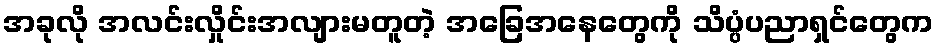
အခုလို အလင်းလှိုင်းအလျားမတူတဲ့ အခြေအနေတွေကို သိပ္ပံပညာရှင်တွေက